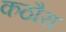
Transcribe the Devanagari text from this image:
कठौरा